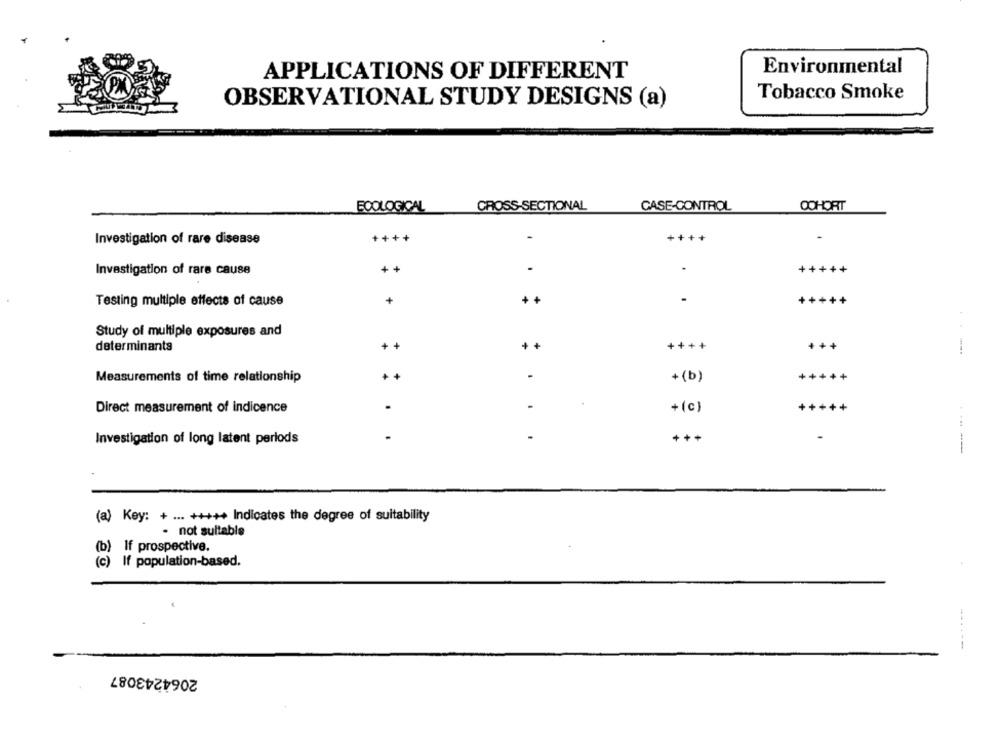
Environmental
APPLICATIONS OF DIFFERENT
Tobacco Smoke
OBSERVATIONAL STUDY DESIGNS (a)
ECOLOGICAL
CROSS-SECTIONAL
CASE-CONTROL
COHORT
Investigation of rare disease
++++
++++
+++++
Investigation of rare cause
+
Testing multiple effects of cause
+
++
+++++
Study of multiple exposures and
determinanta
+ +
+
++++
..-
Measurements of time relationship
+ (b)
+++++
+(c)
Direct measurement of indicence
+++++
.
Investigation of long latent periods
---
(a) Key: + ... +++++ Indicates the degree of suitability
- not suitable
(b) If prospective.
(c) If population-based.
--
2064243087